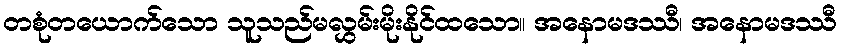
တစုံတယောက်သော သူသည်မလွှမ်းမိုးနိုင်ထသော။ အနောမဒဿီ၊ အနောမဒဿီ